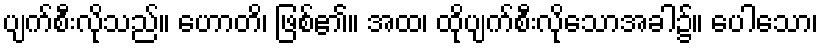
ပျက်စီးလိုသည်။ ဟောတိ၊ ဖြစ်၏။ အထ၊ ထိုပျက်စီးလိုသောအခါ၌။ ပေါသော၊